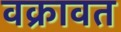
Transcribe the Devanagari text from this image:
वक्रावत